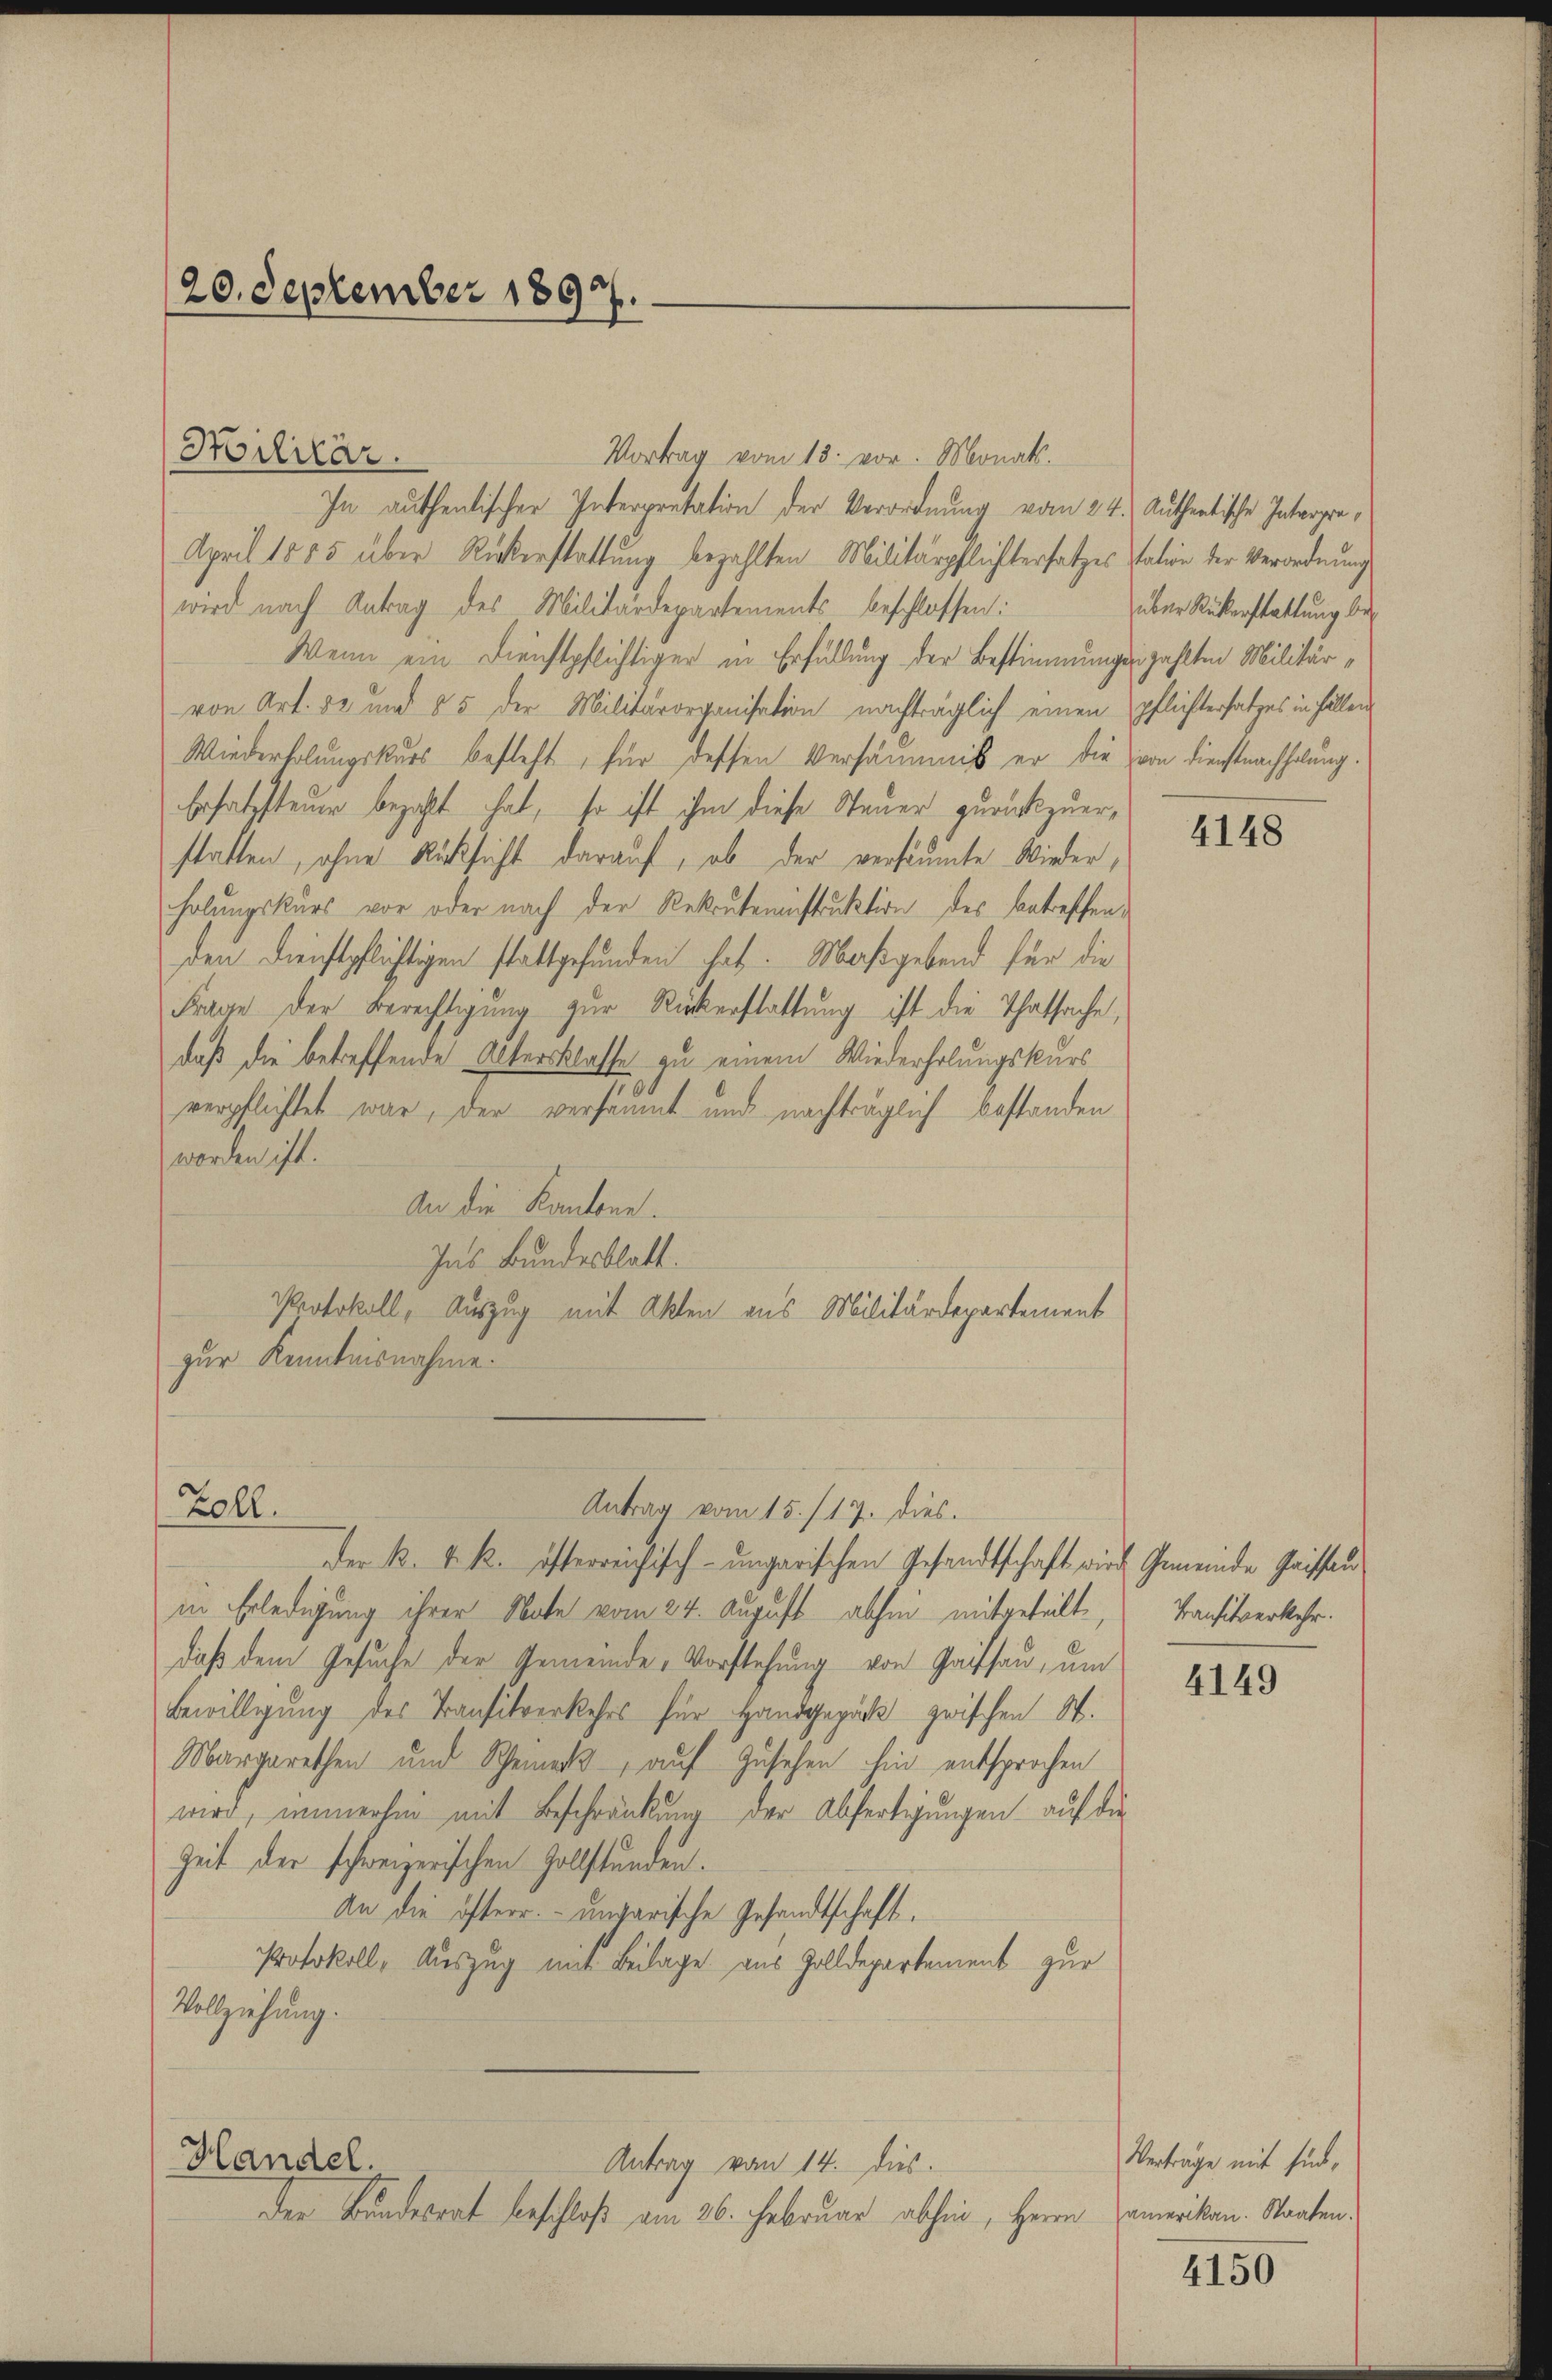
20. September 1897.

Hilitär.

In authentischer Interpretation der Verordnung vom 24. Authentische Interpre¬
April 1885 über Rückerstattung bezahlten Militärpflichtersatzes station der Verordnung
wird nach Antrag des Militärdepartements beschlossen:
Wenn ein Dienstpflichtiger in Erfüllung der Bestimmungen zahlten Militärvon Art. 82 und 55 der Militärorganisation nachträglich einen pflichtersatzes in Fällen
Wiederholungskurs besteht, für dessen Versäumnis er die von Dienstnachholung.
Ersatzsteuer bezahlt hat, so ist ihm diese Steuer zurückzuerstatten, ohne Rücksicht darauf, ob der versäumte Wiederholungskurs vor oder nach der Rekruteninstruktion des betreffenden Dienstpflichtigen stattgefunden hat. Maßgebend für die
Frage der Berechtigung zur Rückerstattung ist die Thatsache,
daß die betreffende Untersklasse zu einem Wiederholungskurs
verpflichtet war, der versäumt und nachträglich bestanden
worden ist.
An die Kantone.
Ins Bundesblatt.
Protokoll, Auszug mit Akten aus Militärdepartement
zur Kenntnisnahme.

Vortrag vom 13. vor. Monats.

Antrag vom 15./17. dies
Zoll.

der k. k. k. österreichisch-ungarischen Gesandtschaft wird Gemeinde Gaissan
in Erledigung ihrer Nate vom 24. August abhin mitgeteilt
daß dem Gesuche der Gemeinde Vorstehung von Gaissan, um
Bewilligung des Transitverkehrs für Handgepäck zwischen St.
Margarethen und Scheinek auf Zusehen hin entsprochen
wird, immerhin mit Beschränkung der Abfertigungen auf die
Zeit der schweizerischen Zollstunden.
An die öfterr. ungarische Gesandtschaft,
Protokoll, Auszug mit Beilage aus Zolldepartement zur
Vollziehung.
Handel.
Antrag vom 14. dies
Der Bundesrat beschloß am 26. Februar abhin, Herrn Amerikan. Staaten¬

über Rükerstattung be¬

4148

Transitverkehr.

4149

Vertrage mit sind,

4150